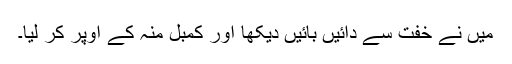
میں نے خفت سے دائیں بائیں دیکھا اور کمبل منہ کے اوپر کر لیا۔